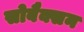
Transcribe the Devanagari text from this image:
सोबैक्सन